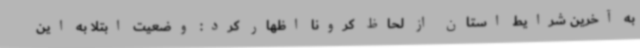
به آخرین شرایط استان از لحاظ کرونا اظهار کرد: وضعیت ابتلا به این